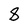
Character: 8